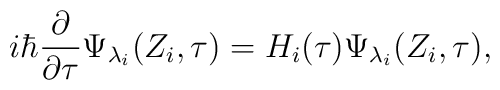
i\hbar \frac \partial {\partial \tau }\Psi _{\lambda _i}(Z_i,\tau )=H_i(\tau)\Psi _{\lambda _i}(Z_i,\tau ),